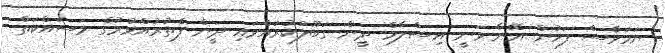
ނަމަވެސް ފަހުން އޭނާ ވަނީ އިސްލާމް ދީން ގަބޫލުކުރައްވައި ދީން ފެތުރުއްވުމުގެ މަސައްކަތް